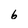
Character: 6